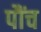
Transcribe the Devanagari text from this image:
पौंच